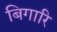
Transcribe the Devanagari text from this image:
बिगारि